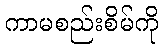
ကာမစည်းစိမ်ကို